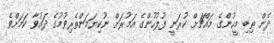
ދެން ތިބި މީހުންގެ މައްޗަށް ކުރަނީ ފުލުހުންގެ އަމުރަށް ނުކިޔަމަންތެރިވުމުގެ ދައުވާ ކަމަށްވެ